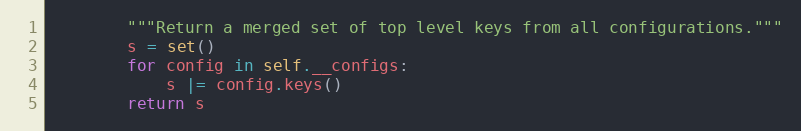
Language: Python
        """Return a merged set of top level keys from all configurations."""
        s = set()
        for config in self.__configs:
            s |= config.keys()
        return s